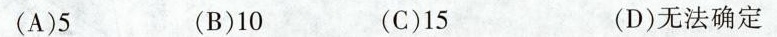
(A)5 (B)10 (C)15 (D)无法确定